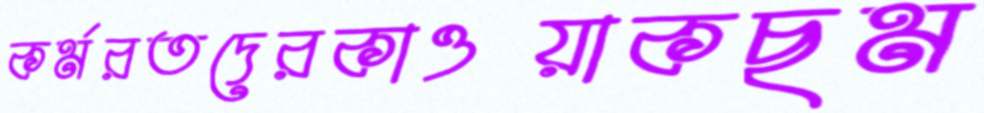
কর্মরতদেরকাওয়াকছম